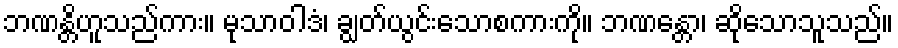
ဘဏန္တိဟူသည်ကား။ မုသာဝါဒံ၊ ချွတ်ယွင်းသောစကားကို။ ဘဏန္တော၊ ဆိုသောသူသည်။